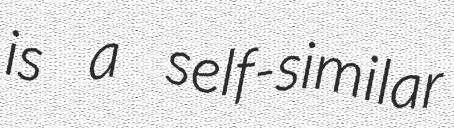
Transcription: is a self-similar